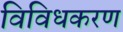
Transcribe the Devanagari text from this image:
विविधकरण